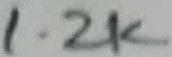
Text: 1.2K